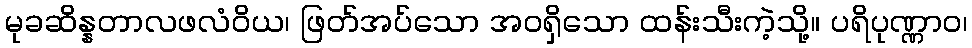
မုခဆိန္နတာလဖလံဝိယ၊ ဖြတ်အပ်သော အဝရှိသော ထန်းသီးကဲ့သို့။ ပရိပုဏ္ဏာဝ၊